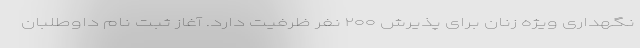
نگهداری ویژه زنان برای پذیرش ۲۰۰ نفر ظرفیت دارد. آغاز ثبت نام داوطلبان